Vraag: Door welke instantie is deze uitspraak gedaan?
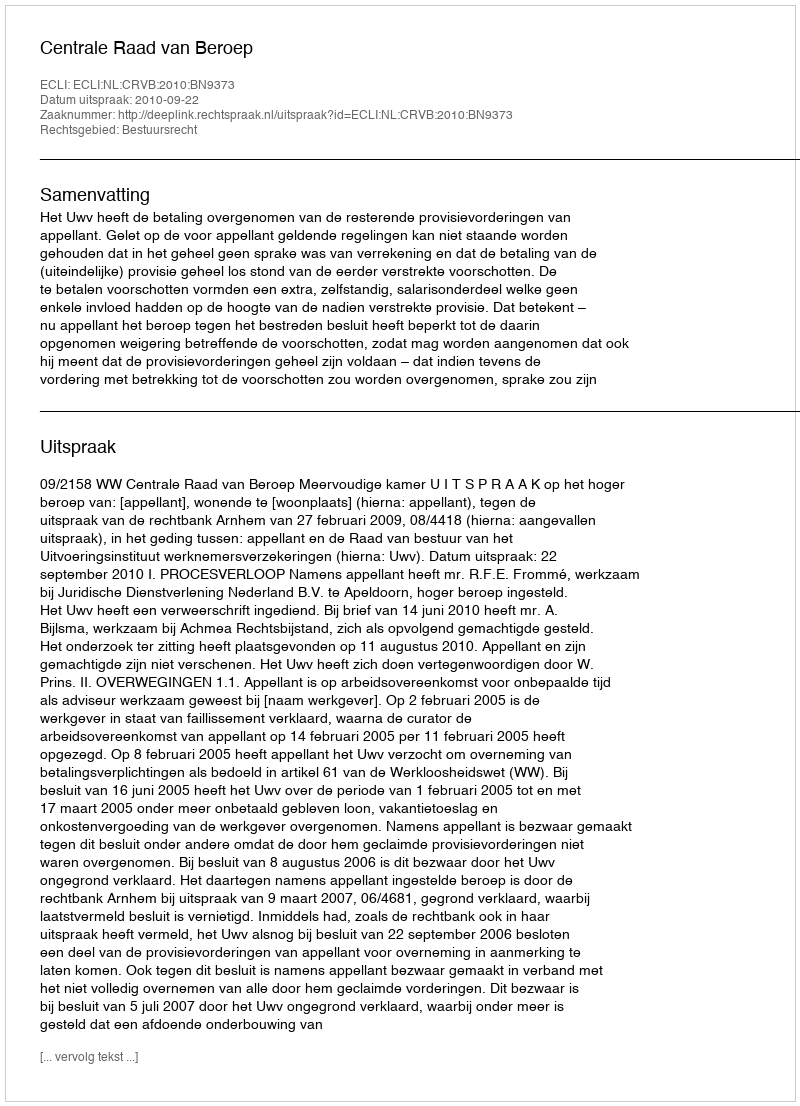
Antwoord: Centrale Raad van Beroep